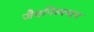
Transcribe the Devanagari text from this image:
जैवनिस्यन्दन